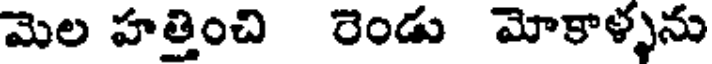
మెల హత్తించి రెండు మోకాళ్ళను